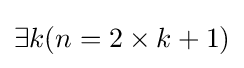
\exists k(n=2\times k+1)